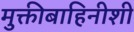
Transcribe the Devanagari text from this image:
मुक्तीबाहिनीशी